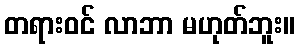
တရားဝင် လာဘာ မဟုတ်ဘူး။